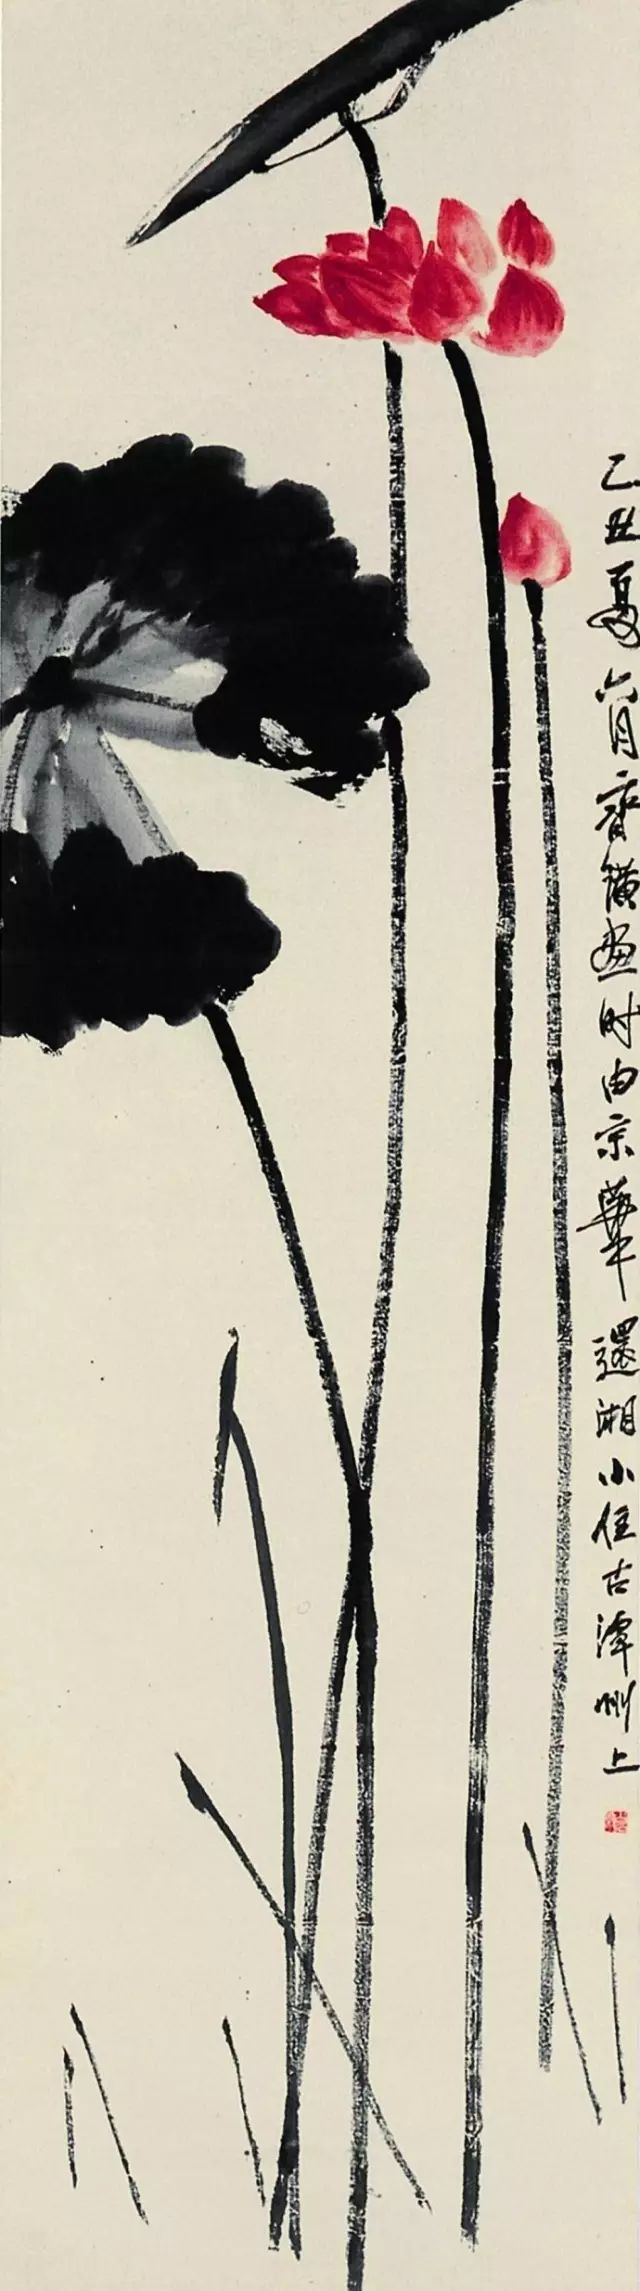
我来一长叹，知是东溪莲。